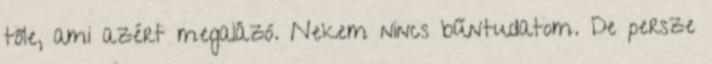
tőle, ami azért megalázó. Nekem nincs bűntudatom. De persze